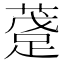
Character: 𲃴